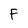
Character: F